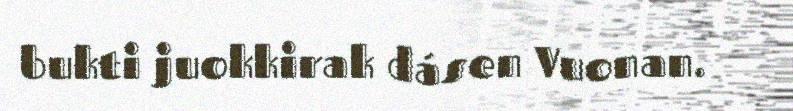
bukti juokkirak dásen Vuonan.